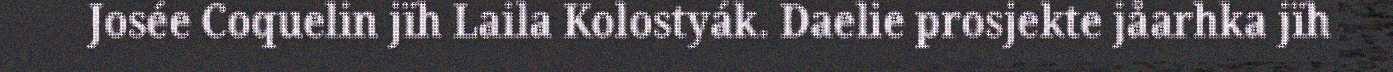
Josée Coquelin jïh Laila Kolostyák. Daelie prosjekte jåarhka jïh